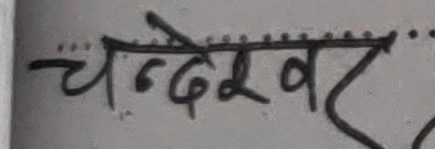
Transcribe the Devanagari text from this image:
चन्देवर